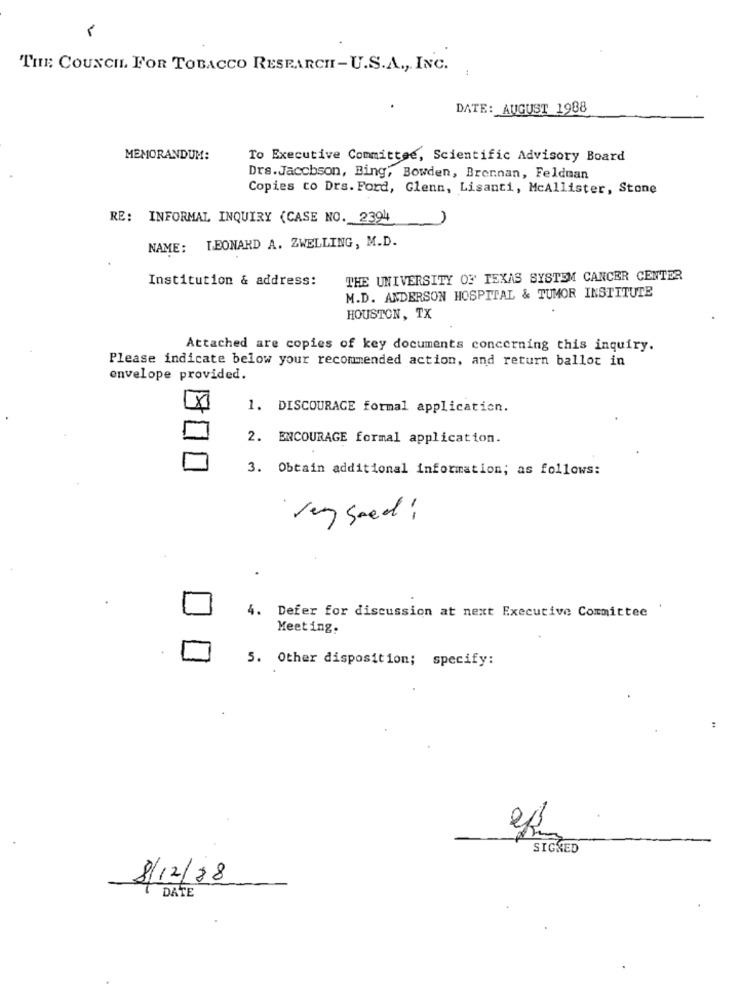
THE COUNCIL FOR TOBACCO RESEARCH-U.S.A ., INC.
DATE: AUGUST 1988
MEMORANDUM:
To Executive Committee, Scientific Advisory Board
Drs.Jacobson, Bing, Bowden, Brennan, Feldman
Copies co Drs. Ford, Glenn, Lisanti, McAllister, Stone
RE: INFORMAL INQUIRY (CASE NO. 2394
NAME: LEONARD A. ZWELLING, M.D.
Institution & address:
THE UNIVERSITY OF TEXAS SYSTEM CANCER CENTER
M.D. ANDERSON HOSPITAL & TUMOR INSTITUTE
HOUSTON, TX
Attached are copies of key documents concerning this inquiry.
Please indicate below your recommended action, and return ballot in
envelope provided.
1. DISCOURAGE formal application.
2. ENCOURAGE formal application.
3. Obtain additional information; as follows:
vy seed :
4. Defer for discussion at next Executive Committee
Meeting.
5. Other disposition; specify:
SIGNED
8/12/18
DATE